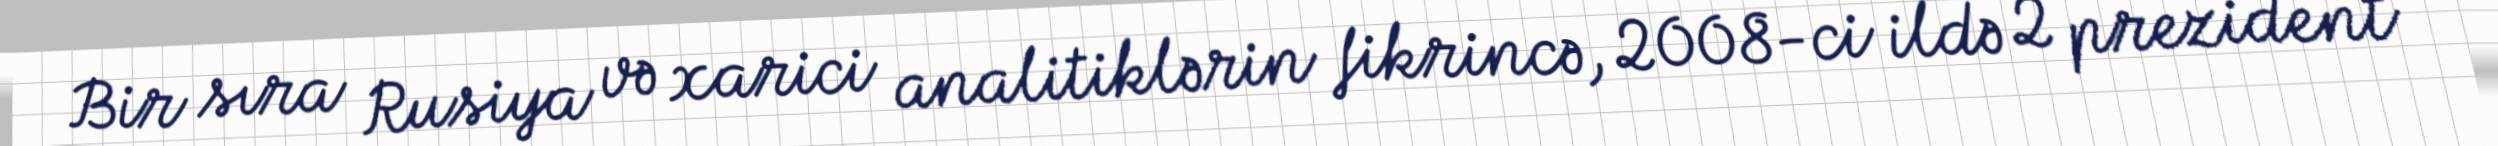
Bir sıra Rusiya və xarici analitiklərin fikrincə, 2008-ci ildə 2 prezident